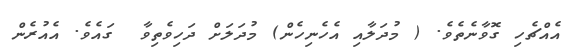
އެއްޗެހި ގޮވާނެތެވެ. ( މުދަލާއި އެހެނިހެން) މުދަލަށް ދަހިވެތިވާ  ގައެވެ. އެއުރެން